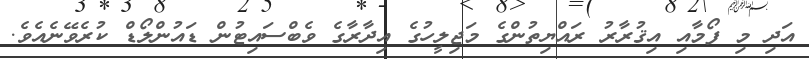
އަދި މި ފޯމާއި އިޤުރާރު ރައްޔިތުންގެ މަޖިލީހުގެ އިދާރާގެ ވެބްސައިޓުން ޑައުންލޯޑް ކުރެވޭނެއެވެ.